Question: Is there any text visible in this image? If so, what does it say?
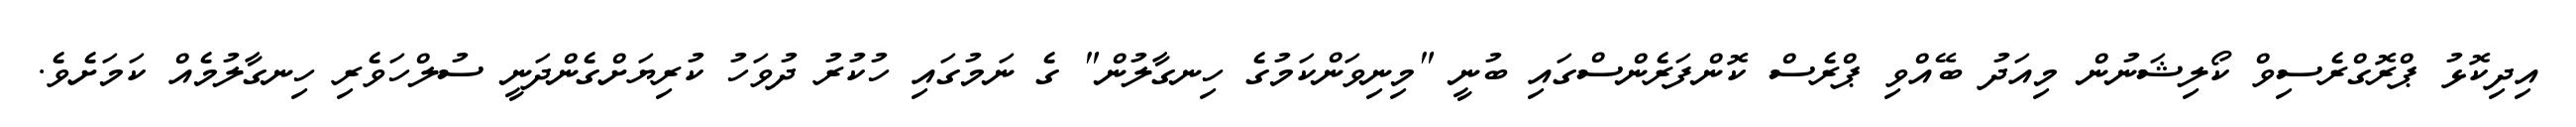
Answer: އިދިކޮޅު ޕްރޮގްރެސިވް ކޯލިޝަނުން މިއަދު ބޭއްވި ޕްރެސް ކޮންފަރެންސްގައި ބުނީ "މިނިވަންކަމުގެ ހިނގާލުން" ގެ ނަމުގައި ހުކުރު ދުވަހު ކުރިޔަށްގެންދަނީ ސުލްހަވެރި ހިނގާލުމެއް ކަމަށެވެ.